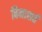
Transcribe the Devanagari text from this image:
बिनाशर्त